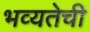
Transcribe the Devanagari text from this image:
भव्यतेची